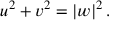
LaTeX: u ^ { 2 } + v ^ { 2 } = | w | ^ { 2 } \, .